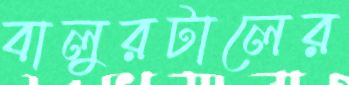
বালুরটালের